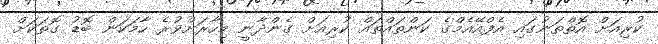
ކުރިއަށް އޮތްތަނުގައި އެފްއޭއެމްގެ ކަންތައްތައް ކުރިއަށް ގެންދާނީ މިހާރަށްވުރެ ހާމަކަން ބޮޑު ގޮތަކަށް